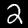
Digit: 2